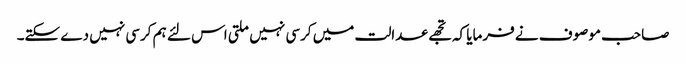
صاحب موصوف نے فرمایا کہ تجھے عدالت میں کرسی نہیں ملتی اس لئے ہم کرسی نہیں دے سکتے۔